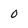
Character: 0